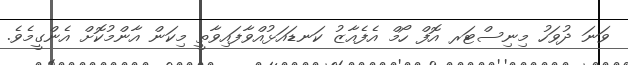
ވަނަ ދުވަހު މިނިސްޓަރ އޮފް ހޯމް އެފެއާޒު ކަނޑައަޅުއްވާފައިވާތީ މިކަން އާންމުކޮށް އެންގީމެވެ.